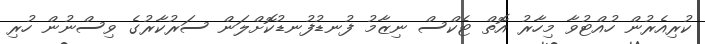
ކުރިއެރުން ހުއްޓުވާ މިހާރު އޮތް ޓެކްސް ނިޒާމު ފުނޑުފުނޑުކޮށްލަން ސަރުކާރުގެ ވިސްނުން ހުރި